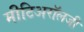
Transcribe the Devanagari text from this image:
मीटिअरॉलजी